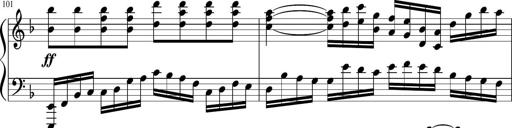
Title: Sonatina in F major
Composer: Ethan Ngo
Key: F major